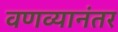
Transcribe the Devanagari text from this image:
वणव्यानंतर